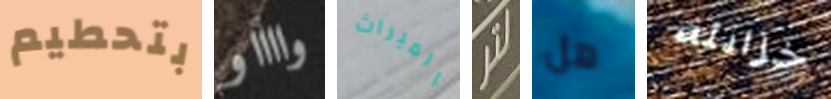
بتحطيم وااااو الميراث لتر هل خزانته